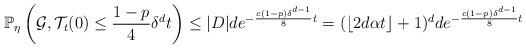
LaTeX: \begin{align*} \mathbb{P}_\eta\left(\mathcal{G},\mathcal{T}_t(0) \leq \frac{1-p}{4}\delta^d t\right) \leq |D| d e^{-\frac{c(1-p)\delta^{d-1}}{8}t} = (\lfloor 2d\alpha t \rfloor+1)^d d e^{-\frac{c(1-p)\delta^{d-1}}{8}t} \end{align*}